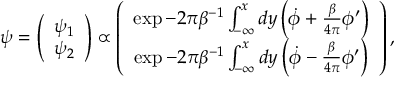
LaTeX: \psi = \left( \begin{array} { c } { { \psi _ { 1 } } } \\ { { \psi _ { 2 } } } \end{array} \right) \propto \left( \begin{array} { c } { { \exp - 2 \pi \beta ^ { - 1 } \int _ { - \infty } ^ { x } d y \left( \dot { \phi } + \frac { \beta } { 4 \pi } \phi ^ { \prime } \right) } } \\ { { \exp - 2 \pi \beta ^ { - 1 } \int _ { - \infty } ^ { x } d y \left( \dot { \phi } - \frac { \beta } { 4 \pi } \phi ^ { \prime } \right) } } \end{array} \right) ,